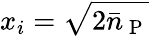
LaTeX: x_{i}=\sqrt{2\bar{n}_{\mathrm{~P~}}}